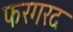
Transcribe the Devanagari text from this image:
फरगरद